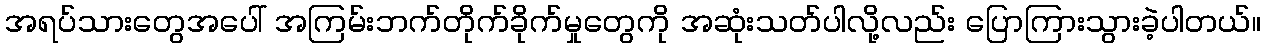
အရပ်သားတွေအပေါ် အကြမ်းဘက်တိုက်ခိုက်မှုတွေကို အဆုံးသတ်ပါလို့လည်း ပြောကြားသွားခဲ့ပါတယ်။